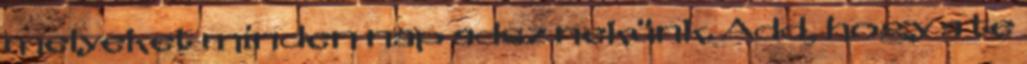
melyeket minden nap adsz nekünk. Add, hogy a te